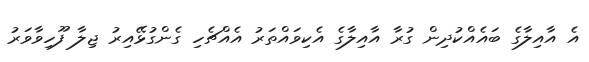
އެ އާއިލާގެ ބައެއްކުދިން ގުރާ އާއިލާގެ އެކިވައްތަރު އެއްޗެހި ގެންގުޅޭއިރު ޖިލާ ފޫހިވާވަރު